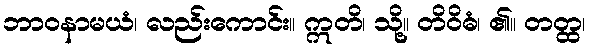
ဘာဝနာမယံ၊ လည်းကောင်း။ ဣတိ၊ သို့။ တိဝိဓံ၊ ၏။ တတ္ထ၊